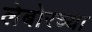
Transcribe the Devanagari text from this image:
लेबोरच्या